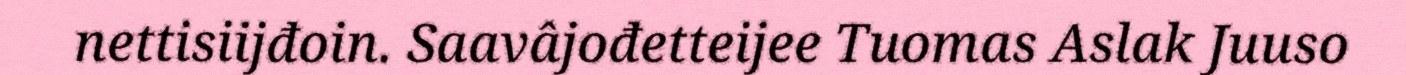
nettisiijđoin. Saavâjođetteijee Tuomas Aslak Juuso